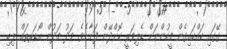
ގޭގައި ކައްކައިގެން މީހުންނަށް ޑެލިވަރީ ކޮށްދޭން ފަށާށެވެ. މަދު މަދުން އޯޑަރތައް ލިބި